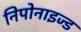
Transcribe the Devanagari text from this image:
निपोनाइज्ड